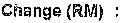
CHANGE (RM) :